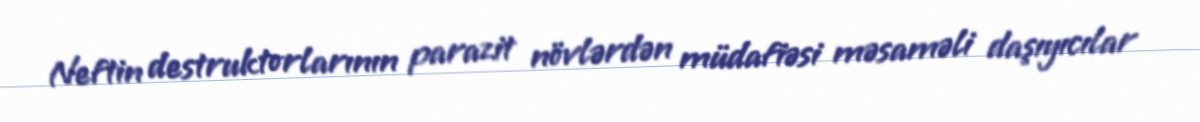
Neftin destruktorlarının parazit növlərdən müdafiəsi məsaməli daşıyıcılar